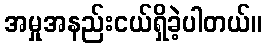
အမှုအနည်းငယ်ရှိခဲ့ပါတယ်။